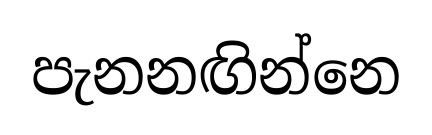
පැනනඟින්නෙ